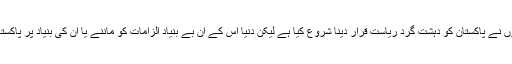
اوڑی حملہ کے بعد بھارتی نمائندوں نے پاکستان کو دہشت گرد ریاست قرار دینا شروع کیا ہے لیکن دنیا اس کے ان بے بنیاد الزامات کو ماننے یا ان کی بنیاد پر پاکستان کو تنہا کرنے پر آمادہ نہیں ہے۔